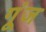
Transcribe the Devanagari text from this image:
गू्ंज